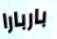
باربارا